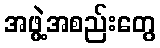
အဖွဲ့အစည်းတွေ